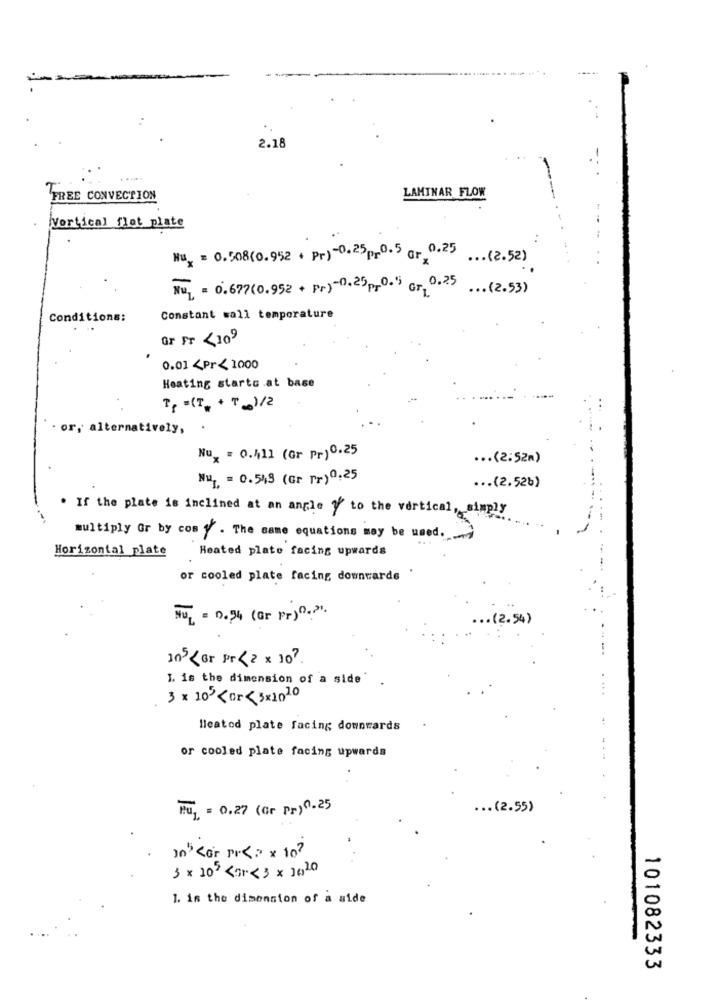
----
2.18
LAMINAR FLOW
FREE CONVECTION
Vertical flot plate
Nux = 0.508(0.952 + Pr)-0.25pr0.5 gr 0.25 ... (2.52)
Nu1 = 0.677(0.952 + pr)-0.25pr0.") Gr 0.25 ... (2.53)
Conditions:
Constant wall temperature
Gr FT <109
0.01 <Pr/ 1000
Heating starts at base
Tp =(T4 + T )/2
or, alternatively,
Nux = 0.411 (Gr Pr) 0.25
... (2:52m)
Nu, = 0.543 (Gr rr) 0.25
... (2.526)
. If the plate is inclined at an angle 1' to the vertical, simply
multiply Gr by cos y' . The same equations may be used ..
Horizontal plate
Heated plate facing upwards
or cooled plate facing downwarde .
HUL = 0.54 (Gr Pr) D .? ".
.. (2.54)
In5< or pr < 2 x 10 ?.
1. is the dimension of a side'
3× 10or<3x2010
Meatod plate facing downwards
or cooled plate facing upwards
Fuj = 0.27 (Gr Pr) 0.25
... (2.55)
in" <or pr<> x 10?
3 × 10 << 3 × 3020
1. in the dimension of a side
101082333